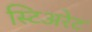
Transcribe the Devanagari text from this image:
स्टिअरेट